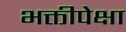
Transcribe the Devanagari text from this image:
भक्तीपेक्षा